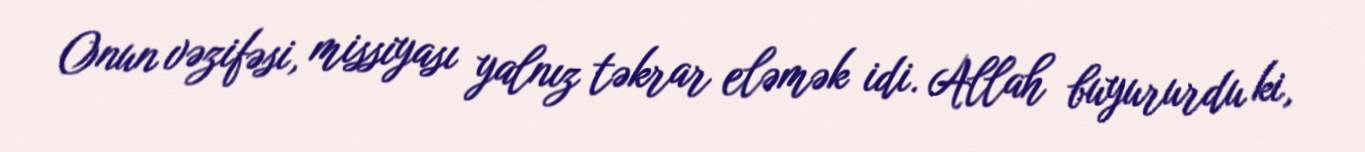
Onun vəzifəsi, missiyası yalnız təkrar eləmək idi. Allah buyururdu ki,